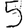
Digit: 5